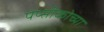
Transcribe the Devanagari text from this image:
पेप्सीकोच्या